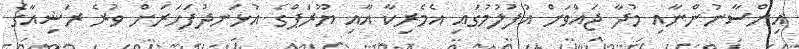
އިންސާނުންނާއި މުދާ ޖައްވަށް އުފުލުމުގައި އެމެރިކާ އާއި ޔޫރަޕްގެ އުޅަނދުފަހަރަށް ވުރެ ރަޝިއާގެ